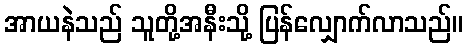
အာယနဲသည် သူတို့အနီးသို့ ပြန်လျှောက်လာသည်။